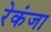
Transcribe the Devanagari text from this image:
रेकंजा